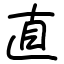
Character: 直